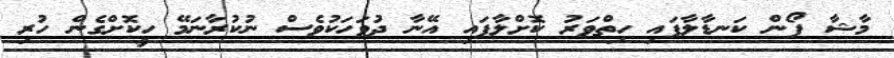
މާޝާ ފޯން ކަނޑާލާފައި ހިތްވަރު ކޮށްލާފައި އޭނާ ދުވަހަކުވެސް ނުކުރާނަމޭ ހީކޮށްގެން ހުރި